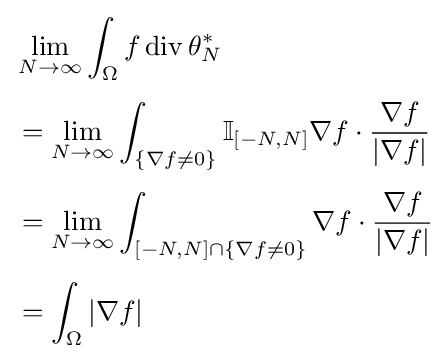
{\begin{aligned}&\lim _{N\to \infty }\int _{\Omega }f\operatorname {div} \theta _{N}^{*}\\[4pt]&=\lim _{N\to \infty }\int _{\{\nabla f\neq 0\}}\mathbb {I} _{\left[-N,N\right]}\nabla f\cdot {\frac {\nabla f}{\left|\nabla f\right|}}\\[4pt]&=\lim _{N\to \infty }\int _{\left[-N,N\right]\cap {\{\nabla f\neq 0\}}}\nabla f\cdot {\frac {\nabla f}{\left|\nabla f\right|}}\\[4pt]&=\int _{\Omega }\left|\nabla f\right|\end{aligned}}